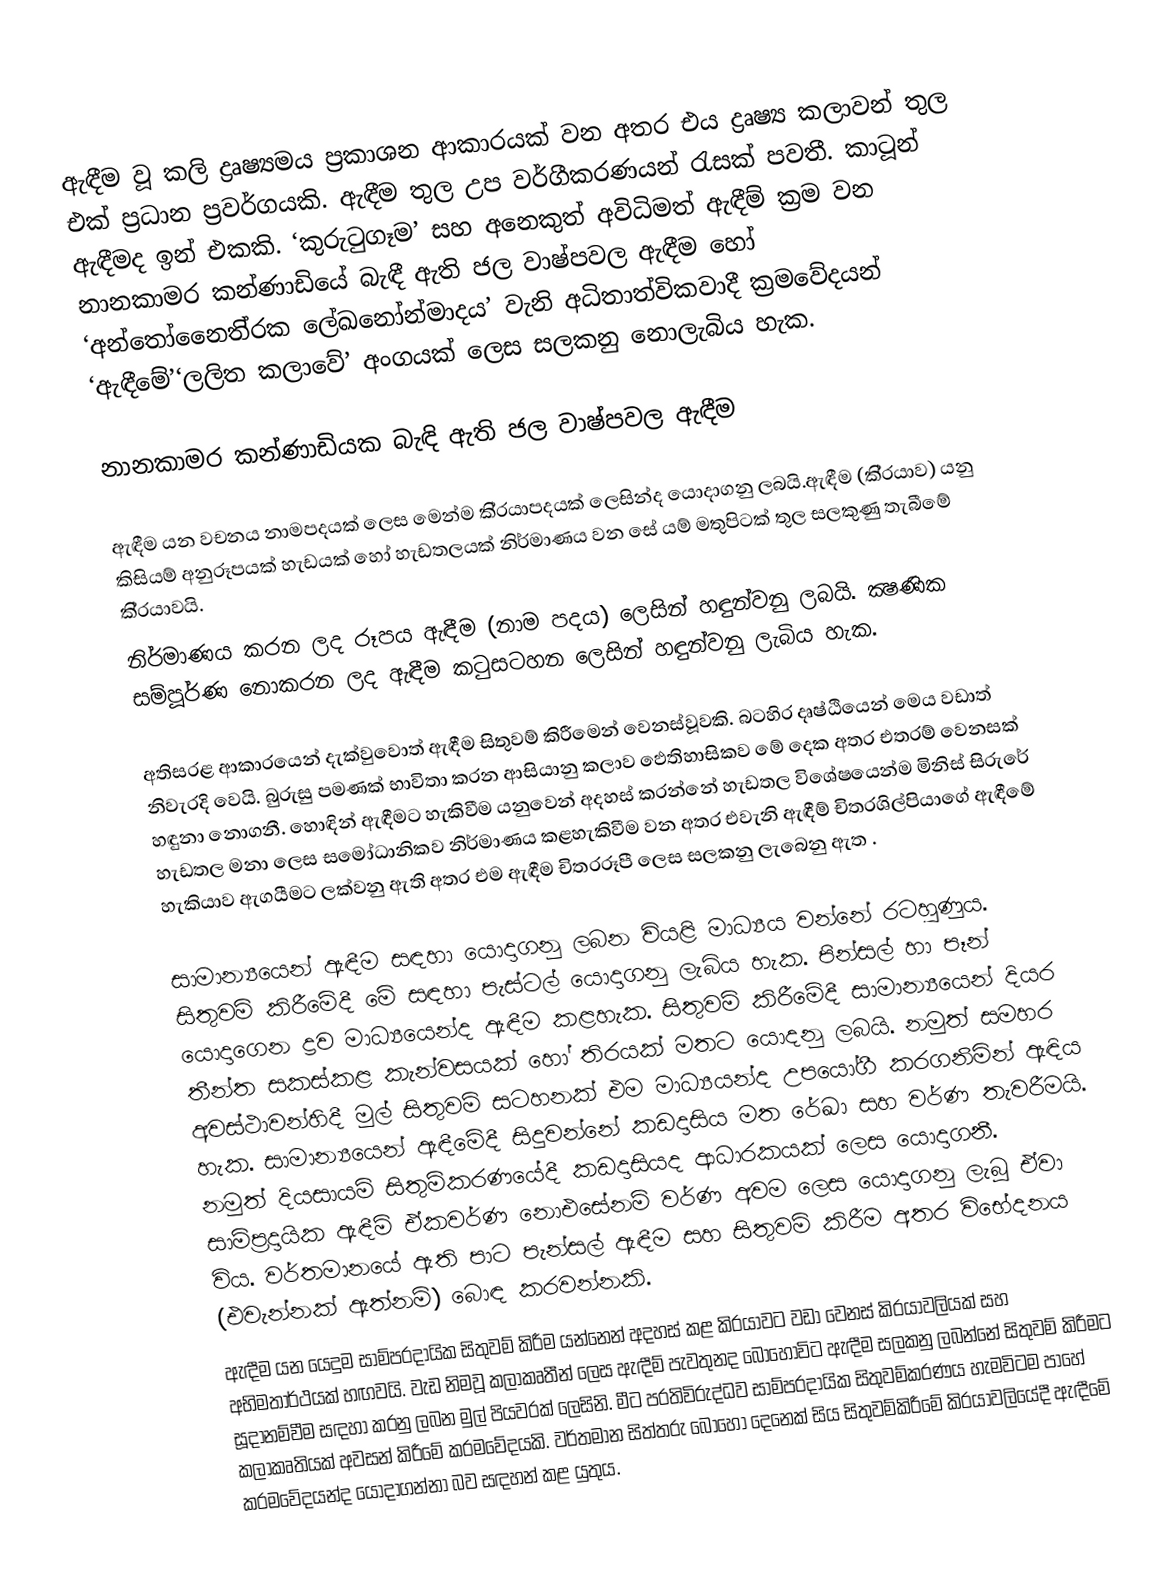
ඇඳීම වූ කලි ද්‍රෘෂ්‍යමය ප‍්‍රකාශන ආකාරයක් වන අතර එය ද්‍රෘෂ්‍ය කලාවන් තුල එක් ප‍්‍රධාන ප‍්‍රවර්ගයකි. ඇඳීම තුල උප වර්ගීකරණයන් රැසක් පවතී. කාටූන් ඇඳීමද ඉන් එකකි. ‘කුරුටුගෑම’ සහ අනෙකුත් අවිධිමත් ඇඳීම් ක‍්‍රම වන නානකාමර කන්ණාඩියේ බැඳී ඇති ජල වාෂ්පවල ඇඳීම හෝ ‘අන්තෝනෛති‍්‍රක ලේඛනෝන්මාදය’ වැනි අධිතාත්විකවාදී ක‍්‍රමවේදයන් ‘ඇඳීමේ’‘ලලිත කලාවේ’ අංගයක් ලෙස සලකනු නොලැබිය හැක.

නානකාමර කන්ණාඩියක බැඳි ඇති ජල වාෂ්පවල ඇඳීම

ඇඳීම යන වචනය නාමපදයක් ලෙස මෙන්ම කි‍්‍රයාපදයක් ලෙසින්ද යොදාගනු ලබයි.ඇඳීම (කි‍්‍රයාව) යනු කිසියම් අනුරූපයක් හැඩයක් හෝ හැඩතලයක් නිර්මාණය වන සේ යම් මතුපිටක් තුල සලකුණු තැබීමේ කි‍්‍රයාවයි.
නිර්මාණය කරන ලද රූපය ඇඳීම (නාම පදය) ලෙසින් හඳුන්වනු ලබයි. ක්‍ෂණික සම්පූර්ණ නොකරන ලද ඇඳීම කටුසටහන ලෙසින් හඳුන්වනු ලැබිය හැක.

අතිසරළ ආකාරයෙන් දැක්වුවොත් ඇඳීම සිතුවම් කිරීමෙන් වෙනස්වූවකි. බටහිර දෘෂ්ඨියෙන් මෙය වඩාත් නිවැරදි වෙයි. බුරුසු පමණක් භාවිතා කරන ආසියානු කලාව ඵෙතිහාසිකව මේ දෙක අතර එතරම් වෙනසක් හඳුනා නොගනී. හොඳින් ඇඳීමට හැකිවීම යනුවෙන් අදහස් කරන්නේ හැඩතල විශේෂයෙන්ම මිනිස් සිරුරේ හැඩතල මනා ලෙස සමෝධානිකව නිර්මාණය කළහැකිවීම වන අතර එවැනි ඇඳීම් චිත‍්‍රශිල්පියාගේ ඇඳීමේ හැකියාව ඇගයීමට ලක්වනු ඇති අතර එම ඇඳීම චිත‍්‍රරූපී ලෙස සලකනු ලැබෙනු ඇත .

සාමාන්‍යයෙන් ඇඳීම සඳහා යොදාගනු ලබන වියළි මාධ්‍යය වන්නේ රටහුණුය. සිතුවම් කිරීමේදී මේ සඳහා පැස්ටල් යොදාගනු ලැබිය හැක. පින්සල් හා පෑන් යොදාගෙන ද්‍රව මාධ්‍යයෙන්ද ඇඳීම කළහැක. සිතුවම් කිරීමේදී සාමාන්‍යයෙන් දියර තීන්ත සකස්කළ කැන්වසයක් හෝ තිරයක් මතට යොදනු ලබයි. නමුත් සමහර අවස්ථාවන්හිදී මුල් සිතුවම් සටහනක් එම මාධ්‍යයන්ද උපයෝගී කරගනිමින් ඇඳිය හැක. සාමාන්‍යයෙන් ඇඳීමේදී සිදුවන්නේ කඩදාසිය මත රේඛා සහ වර්ණ තැවරීමයි. නමුත් දියසායම් සිතුම්කරණයේදී කඩදාසියද ආධාරකයක් ලෙස යොදාගනී. සාම්ප‍්‍රදායික ඇඳීම් ඒකවර්ණ නොඑසේනම් වර්ණ අවම ලෙස යොදාගනු ලැබූ ඒවා විය. වර්තමානයේ ඇති පාට පැන්සල් ඇඳීම සහ සිතුවම් කිරීම අතර විභේදනය (එවැන්නක් ඇත්නම්) බොඳ කරවන්නකි.
ඇඳීම යන යෙදුම සාම්ප‍්‍රදායික සිතුවම් කිරීම යන්නෙන් අදහස් කළ කි‍්‍රයාවට වඩා වෙනස් කි‍්‍රයාවලියක් සහ අභිමතාර්ථයක් හඟවයි. වැඩ නිමවූ කලාකෘතීන් ලෙස ඇඳීම් පැවතුනද බොහෝවිට ඇඳීම සලකනු ලබන්නේ සිතුවම් කිරීමට සූදානම්වීම සඳහා කරනු ලබන මුල් පියවරක් ලෙසිනි. මීට ප‍්‍රතිවිරුද්ධව සාම්ප‍්‍රදායික සිතුවම්කරණය හැමවිටම පාහේ කලාකෘතියක් අවසන් කිරීමේ ක‍්‍රමවේදයකි. වර්තමාන සිත්තරු බොහෝ දෙනෙක් සිය සිතුවම්කිරීමේ කි‍්‍රයාවලියේදී ඇඳීමේ ක‍්‍රමවේදයන්ද යොදාගන්නා බව සඳහන් කළ යුතුය.